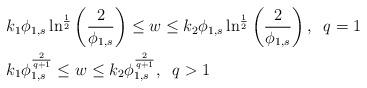
LaTeX: \begin{align*}&k_1\phi_{1,s} \ln^{\frac12}\left(\frac{2}{\phi_{1,s}}\right) \leq w \leq k_2 \phi_{1,s} \ln^{\frac12}\left(\frac{2}{\phi_{1,s}}\right),\; \; q=1\\&k_1 \phi_{1,s}^{\frac{2}{q+1}}\leq w \leq k_2 \phi_{1,s}^{\frac{2}{q+1}},\; \; q>1 \end{align*}